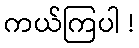
ကယ်ကြပါ !